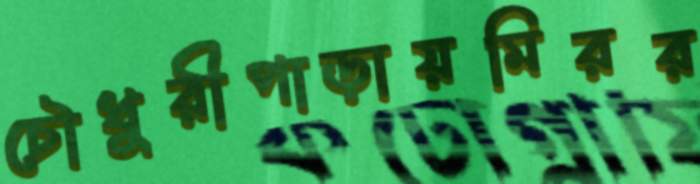
চৌধুরীপাড়ায়মিরর